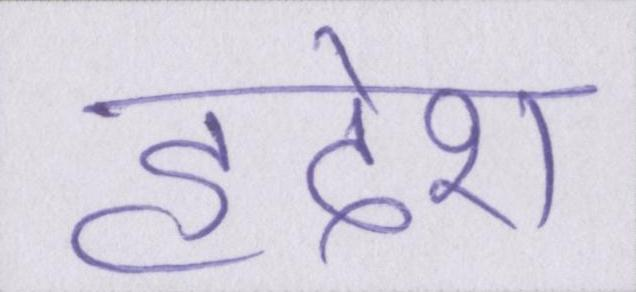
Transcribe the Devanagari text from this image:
हृदेश